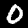
Digit: 0